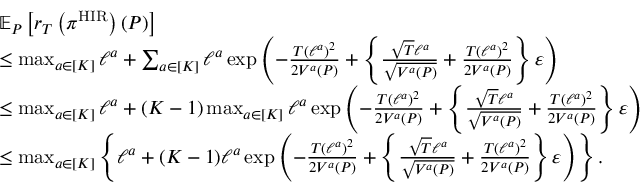
\begin{array} { r l } & { \mathbb { E } _ { P } \left[ r _ { T } \left( \pi ^ { \mathrm { H I R } } \right) ( P ) \right] } \\ & { \leq \operatorname* { m a x } _ { a \in [ K ] } \ell ^ { a } + \sum _ { a \in [ K ] } \ell ^ { a } \exp \left( - \frac { T ( \ell ^ { a } ) ^ { 2 } } { 2 V ^ { a } ( P ) } + \left\{ \frac { \sqrt { T } \ell ^ { a } } { \sqrt { V ^ { a } ( P ) } } + \frac { T ( \ell ^ { a } ) ^ { 2 } } { 2 V ^ { a } ( P ) } \right\} \varepsilon \right) } \\ & { \leq \operatorname* { m a x } _ { a \in [ K ] } \ell ^ { a } + ( K - 1 ) \operatorname* { m a x } _ { a \in [ K ] } \ell ^ { a } \exp \left( - \frac { T ( \ell ^ { a } ) ^ { 2 } } { 2 V ^ { a } ( P ) } + \left\{ \frac { \sqrt { T } \ell ^ { a } } { \sqrt { V ^ { a } ( P ) } } + \frac { T ( \ell ^ { a } ) ^ { 2 } } { 2 V ^ { a } ( P ) } \right\} \varepsilon \right) } \\ & { \leq \operatorname* { m a x } _ { a \in [ K ] } \left\{ \ell ^ { a } + ( K - 1 ) \ell ^ { a } \exp \left( - \frac { T ( \ell ^ { a } ) ^ { 2 } } { 2 V ^ { a } ( P ) } + \left\{ \frac { \sqrt { T } \ell ^ { a } } { \sqrt { V ^ { a } ( P ) } } + \frac { T ( \ell ^ { a } ) ^ { 2 } } { 2 V ^ { a } ( P ) } \right\} \varepsilon \right) \right\} . } \end{array}